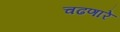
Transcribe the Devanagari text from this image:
चढणारे